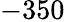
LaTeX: -350